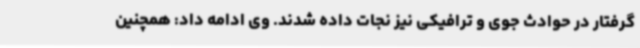
گرفتار در حوادث جوی و ترافیکی نیز نجات داده شدند. وی ادامه داد: همچنین